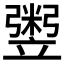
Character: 𥪷